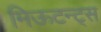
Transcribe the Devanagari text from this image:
मिऊटन्ट्स